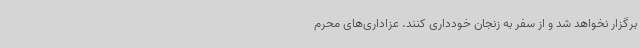
برگزار نخواهد شد و از سفر به زنجان خودداری کنند. عزاداری‌های محرم